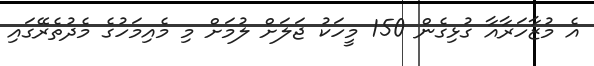
އެ މުޒާހަރާއާ ގުޅިގެން 150 މީހަކު ޖަލަށް ލުމަށް މި މެއިމަހުގެ މެދުތެރޭގައި